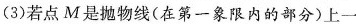
(3)若点M是抛物线(在第一象限内的部分)上一